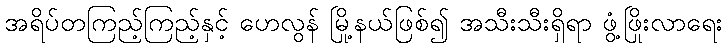
အရိပ်တကြည့်ကြည့်နှင့် ဟေလွန် မြို့နယ်ဖြစ်၍ အသီးသီးရှိရာ ဖွံ့ဖြိုးလာရေး